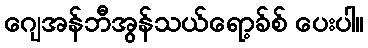
ဂျေအန်ဘီအွန်သယ်ရော့ခ်စ် ပေးပါ။